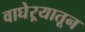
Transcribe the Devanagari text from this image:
वाघेऱ्यातून